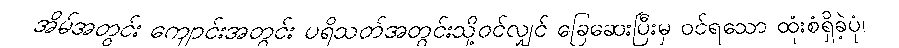
အိမ်အတွင်း ကျောင်းအတွင်း ပရိသတ်အတွင်းသို့ဝင်လျှင် ခြေဆေးပြီးမှ ဝင်ရသော ထုံးစံရှိခဲ့ပုံ၊